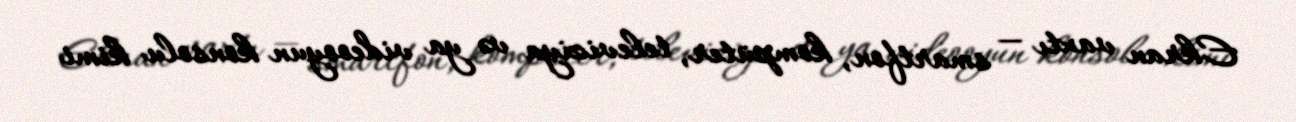
Ekran vaxtı — smartfon, kompüter, televiziya və ya videooyun konsolu kimi